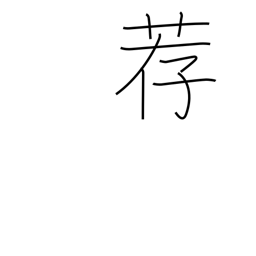
Meaning: mat